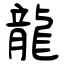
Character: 龍